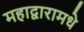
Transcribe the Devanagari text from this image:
महाद्वारामधे